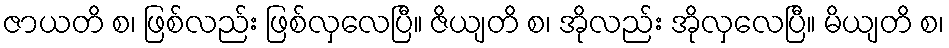
ဇာယတိ စ၊ ဖြစ်လည်း ဖြစ်လှလေပြီ။ ဇိယျတိ စ၊ အိုလည်း အိုလှလေပြီ။ မိယျတိ စ၊